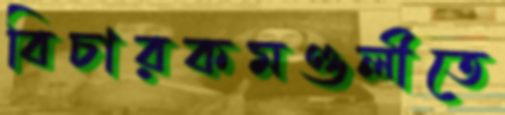
বিচারকমণ্ডলীতে